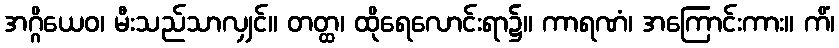
အဂ္ဂိယေဝ၊ မီးသည်သာလျှင်။ တတ္ထ၊ ထိုရေလောင်းရာ၌။ ကာရဏံ၊ အကြောင်းကား။ ကိံ၊